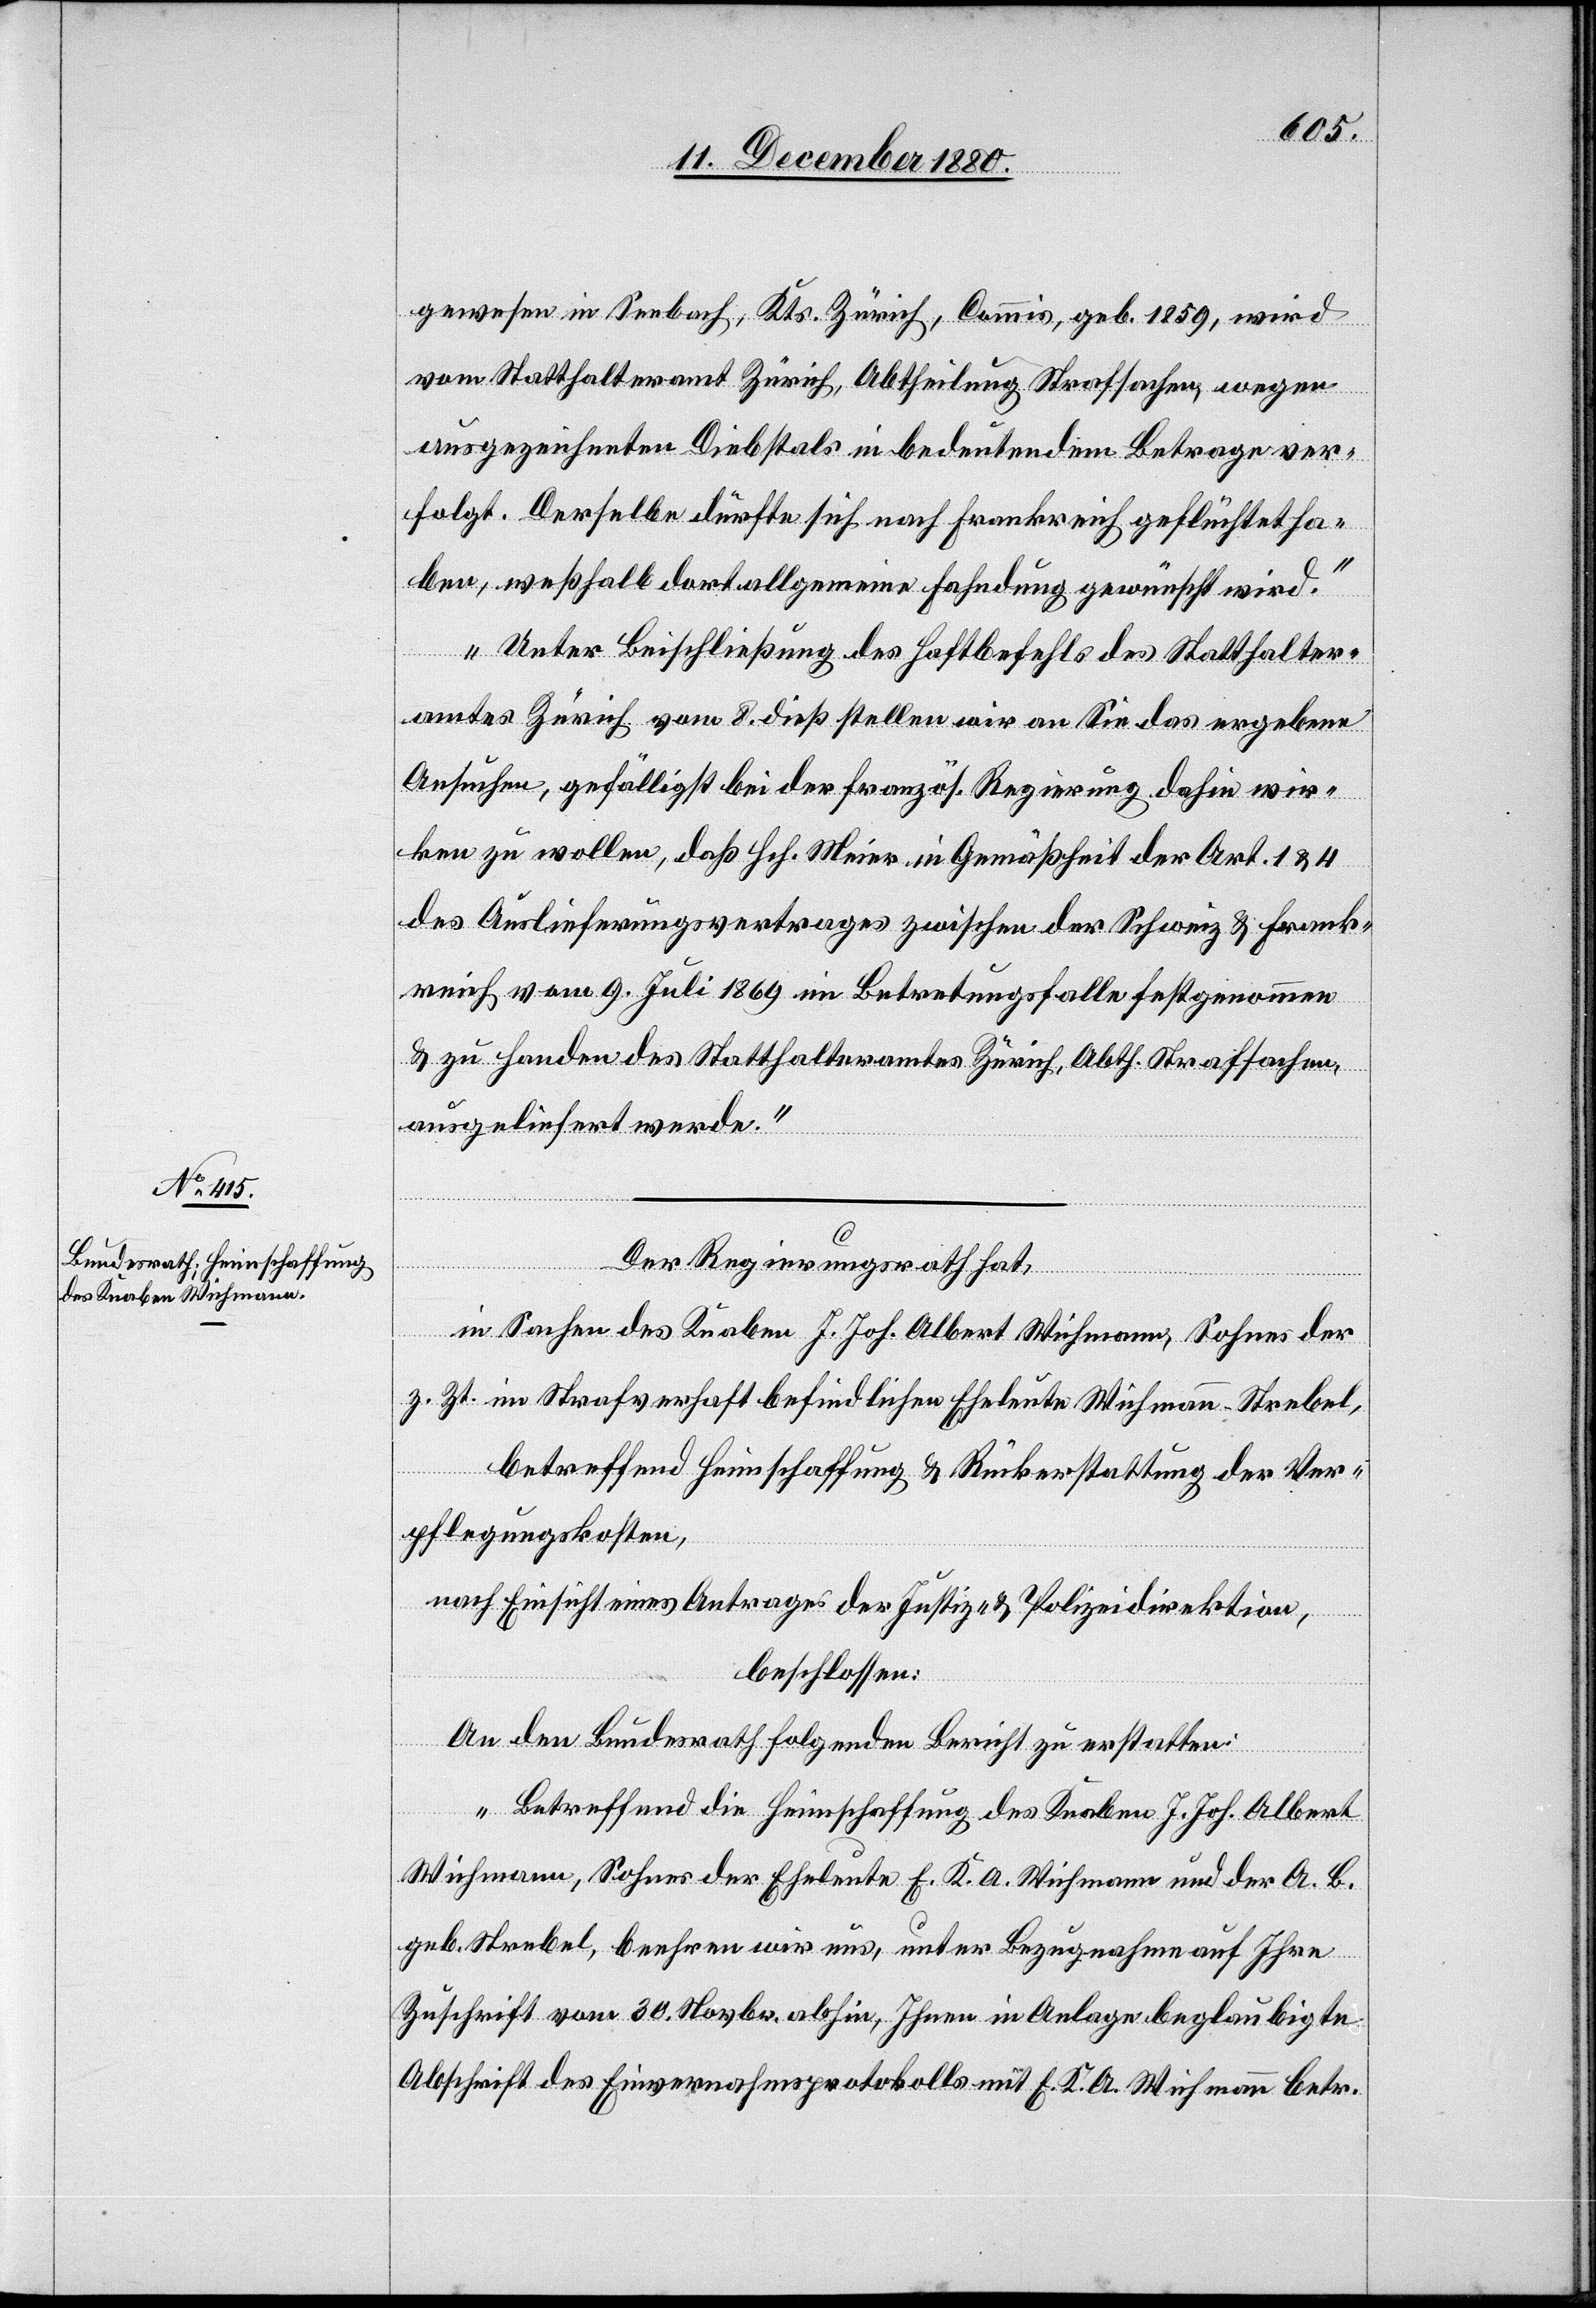
13. December 1880.]
gewesen in Seebach, Kts. Zürich, Commis, geb. 1859, wird
vom Statthalteramt Zürich, Abtheilung Strafsachen, wegen
ausgezeichneten Diebstals in bedeutendem Betrage ver¬
folgt. Derselbe dürfte sich nach Frankreich geflüchtet ha¬
ben, weßhalb dort allgemeine Fahndung gewünscht wird.
Unter Beischließung des Haftbefehls des Statthalter¬
amtes Zürich vom 8. dieß stellen wir an Sie das ergebene
Ansuchen, gefälligst bei der französ. Regierung dahin wir¬
ken zu wollen, daß Hch. Meier in Gemäßheit der Art. 1 & 4
des Auslieferungsvertrages zwischen der Schweiz & Frank¬
reich vom 9. Juli 1869 im Betretungsfalle festgenommen
& zu Handen des Statthalteramtes Zürich, Abth. Strafsachen,
ausgeliefert werde.“
Der Regierungsrath hat,
in Sachen des Knaben J. Joh. Albert Wichmann, Sohnes der
z. Zt. im Strafverhaft befindlichen Eheleute Wichmann-Strebel,
betreffend Heimschaffung & Rückerstattung der Ver¬
pflegungskosten,
nach Einsicht eines Antrages der Justiz- & Polizeidirektion,
beschlossen:
An den Bundesrath folgenden Bericht zu erstatten:
„Betreffend die Heimschaffung des Knaben J. Joh. Albert
Wichmann, Sohnes der Eheleute K. A. Wichmann und der A. B.
geb. Strebel, beehren wir uns, unter Bezugnahme auf Ihre
Zuschrift vom 30. Novbr. abhin, Ihnen in Anlage beglaubigte
Abschrift des Einvernahmsprotokolls mit E. K. A. Wichmann betr.